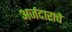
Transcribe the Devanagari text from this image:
अर्जदाराचे